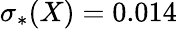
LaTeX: \sigma_{*}(X)=0.014